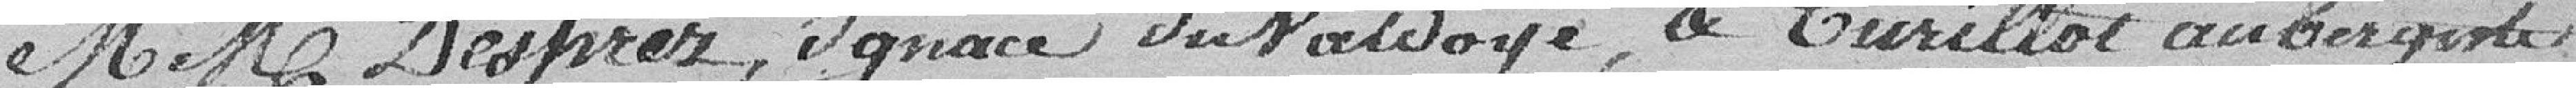
MM. Desprez, Ignace du Valdoye, & Turillot aubergine,